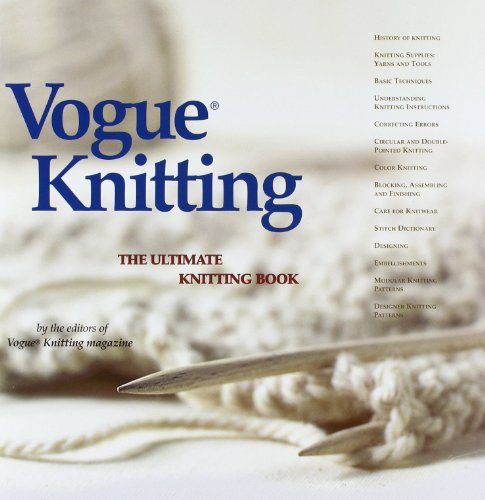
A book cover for Vogue Knitting: The Ultimate Knitting Book; Vogue Knitting Magazine Editors; Crafts, Hobbies & Home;